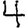
Digit: 4